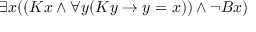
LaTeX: \exists x ( ( K x \land \forall y ( K y \rightarrow y = x ) ) \land \lnot B x )